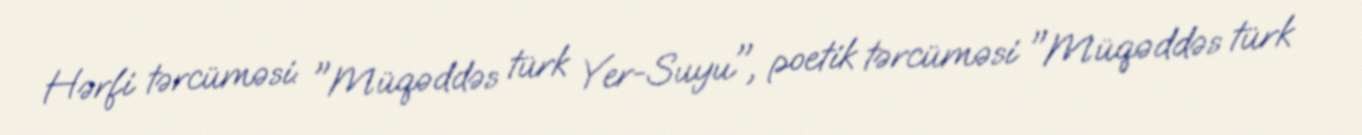
Hərfi tərcüməsi: "Müqəddəs türk Yer-Suyu", poetik tərcüməsi "Müqəddəs türk